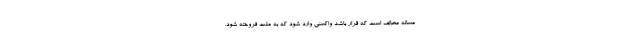
مساله مخالف است که قرار باشد واکسنی وارد شود که به ملت فروخته شود.